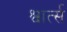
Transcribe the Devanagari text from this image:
श्वार्त्स